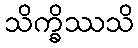
သိက္ခိဿသိ